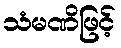
သံမဏိဖြင့်